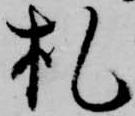
札